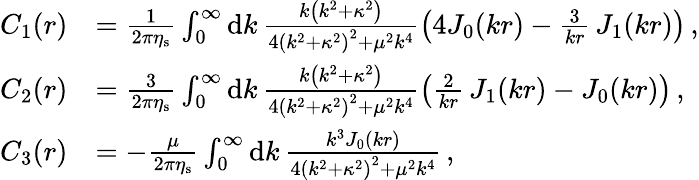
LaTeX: \begin{array}{rl}{C_{1}(r)}&{=\frac{1}{2\pi\eta_{\mathrm{s}}}\int_{0}^{\infty}\mathrm{d}k\, \frac{k\left(k^{2}+\kappa^{2}\right)}{4\left(k^{2}+\kappa^{2}\right)^{2}+\mu^{2}k^{4}}\left(4J_{0}(kr)-\frac{3}{kr}\, J_{1}(kr)\right)\, ,}\\ {C_{2}(r)}&{=\frac{3}{2\pi\eta_{\mathrm{s}}}\int_{0}^{\infty}\mathrm{d}k\, \frac{k\left(k^{2}+\kappa^{2}\right)}{4\left(k^{2}+\kappa^{2}\right)^{2}+\mu^{2}k^{4}}\left(\frac{2}{kr}\, J_{1}(kr)-J_{0}(kr)\right)\, ,}\\ {C_{3}(r)}&{=-\frac{\mu}{2\pi\eta_{\mathrm{s}}}\int_{0}^{\infty}\mathrm{d}k\, \frac{k^{3}J_{0}(kr)}{4\left(k^{2}+\kappa^{2}\right)^{2}+\mu^{2}k^{4}}\, ,}\end{array}